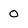
Character: 0